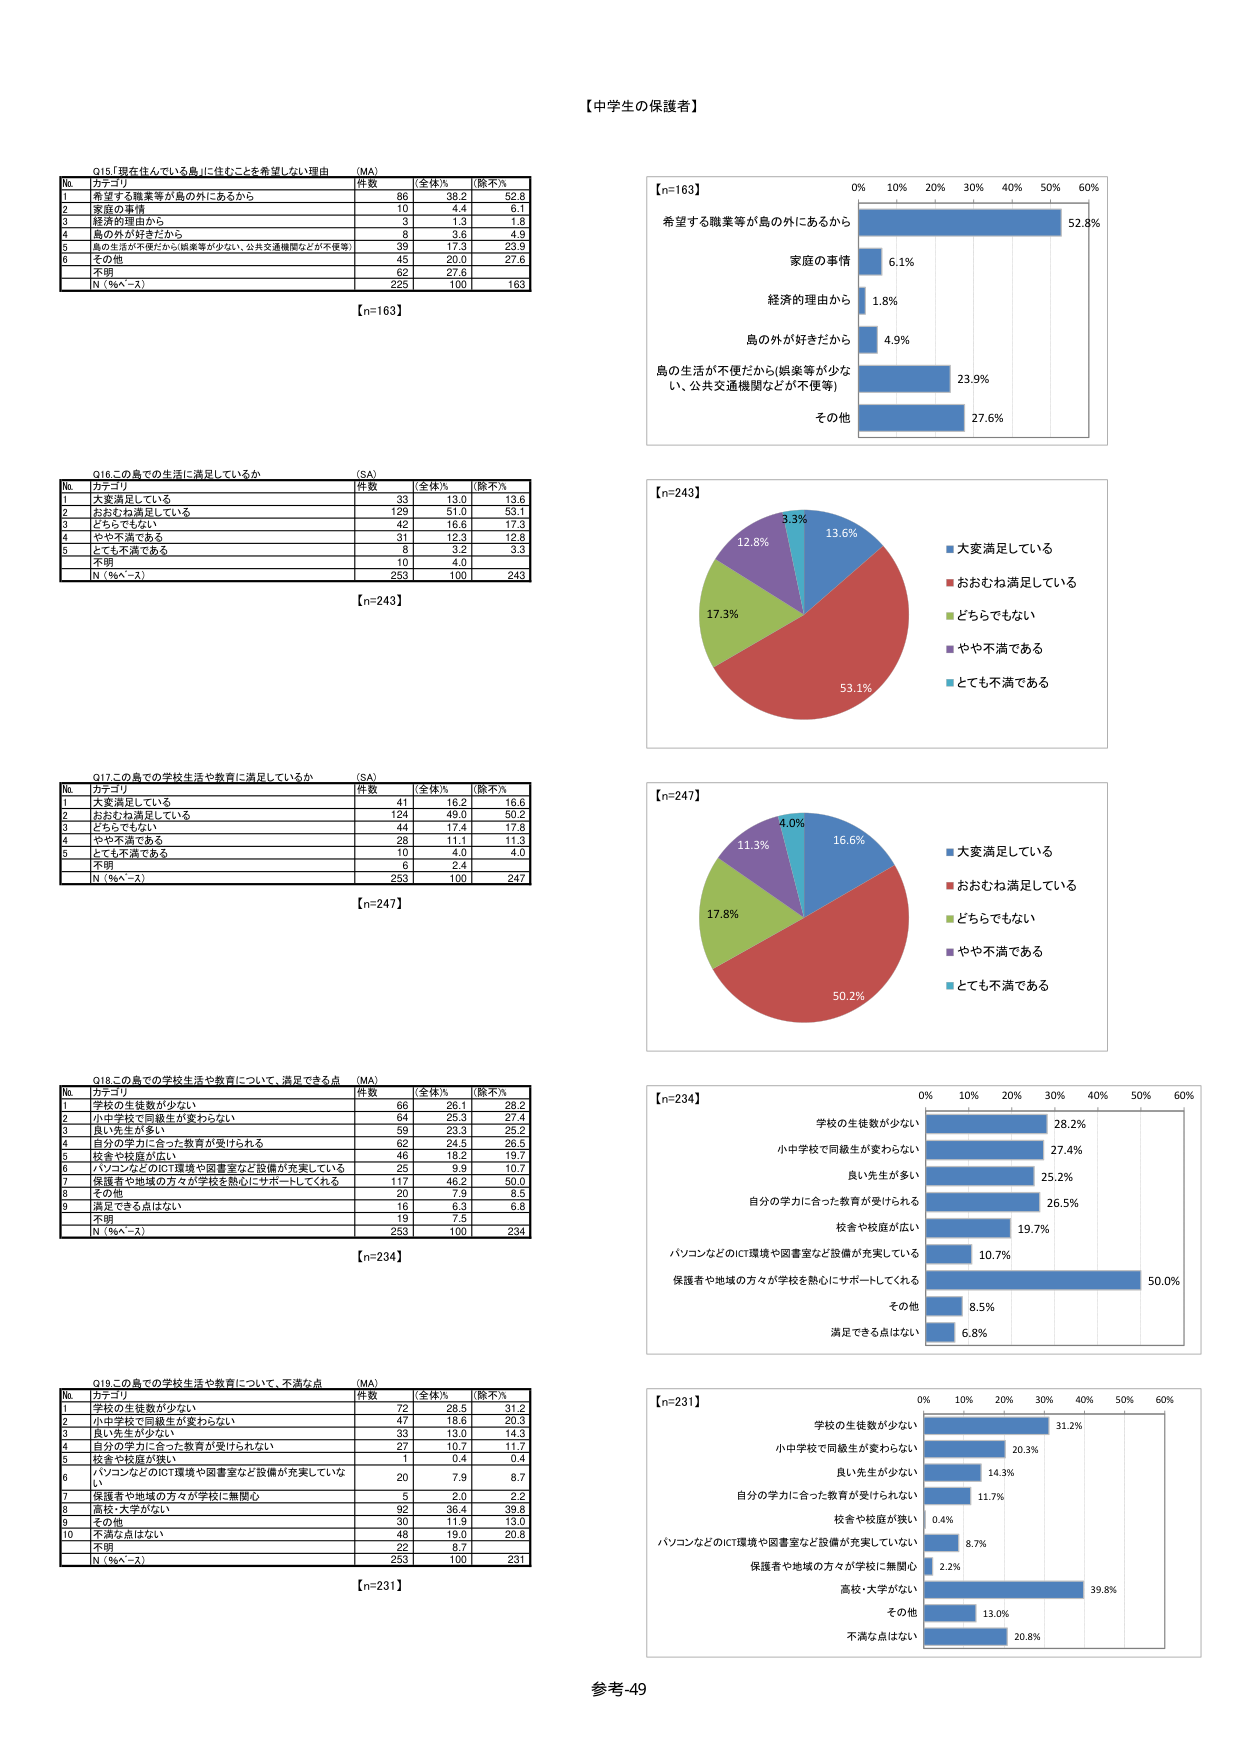
【中学生の保護者】

Q15「現在住んでいる島」に住むことを希望しない理由　(MA)
No. カテゴリ 件数 全体% （除不%）
1 希望する職業等が島の外にあるから 86 38.2 52.8
2 家族の事情 10 4.4 6.1
3 経済的理由から 3 1.3 1.8
4 島の外が好きだから 8 3.6 4.9
5 島の生活が不便だから(娯楽等が少ない、公共交通機関などが不便等) 39 17.3 23.9
6 その他 45 20.0 27.6
7 不明 62 27.6
N（%ベース） 225 100 163

【n=163】

Q16この島での生活に満足しているか　(SA)
No. カテゴリ 件数 全体% （除不%）
1 大変満足している 33 13.0 13.6
2 おおむね満足している 129 51.0 53.1
3 どちらでもない 42 16.6 17.6
4 やや不満である 31 12.3 12.8
5 とても不満である 8 3.2 3.3
6 不明 10 4.0
N（%ベース） 253 100 243

【n=243】

Q17この島での学校生活や教育に満足しているか　(SA)
No. カテゴリ 件数 全体% （除不%）
1 大変満足している 41 16.2 16.6
2 おおむね満足している 124 49.0 50.2
3 どちらでもない 44 17.4 17.8
4 やや不満である 28 11.1 11.3
5 とても不満である 10 4.0 4.0
6 不明 6 2.4
N（%ベース） 253 100 247

【n=247】

Q18この島での学校生活や教育について、満足できる点　(MA)
No. カテゴリ 件数 全体% （除不%）
1 学校の生徒数が少ない 66 26.1 28.2
2 小中学校で同級生が変わらない 54 23.3 23.4
3 良い先生が多い 59 23.3 25.2
4 自分の学力に合った教育が受けられる 62 24.5 26.5
5 校舎や校庭が広い 46 18.2 19.7
6 パソコンなどのICT環境や図書室など設備が充実している 25 9.9 10.7
7 保護者や地域の方々が学校を熱心にサポートしてくれる 117 46.2 50.0
8 その他 20 7.9 8.5
9 満足できる点はない 16 6.3 6.8
10 不明 19 7.5
N（%ベース） 253 100 234

【n=234】

Q19この島での学校生活や教育について、不満な点　(MA)
No. カテゴリ 件数 全体% （除不%）
1 学校の生徒数が少ない 72 28.5 31.2
2 小中学校で同級生が変わらない 47 18.6 20.3
3 良い先生が少ない 33 13.0 14.3
4 自分の学力に合った教育が受けられない 27 10.7 11.7
5 校舎や校庭が狭い 1 0.4 0.4
6 パソコンなどのICT環境や図書室など設備が充実していない 20 7.9 8.7
7 保護者や地域の方々が学校に無関心 5 2.0 2.2
8 高校・大学がない 92 36.4 39.8
9 その他 30 11.9 13.0
10 不満な点はない 48 19.0 20.8
11 不明 22 8.7
N（%ベース） 253 100 231

【n=231】

【n=163】
希望する職業等が島の外にあるから 52.8%
家庭の事情 6.1%
経済的理由から 1.8%
島の外が好きだから 4.9%
島の生活が不便だから(娯楽等が少ない、公共交通機関などが不便等) 23.9%
その他 27.6%

【n=243】
大変満足している 13.6%
おおむね満足している 53.1%
どちらでもない 17.3%
やや不満である 12.8%
とても不満である 3.3%

【n=247】
大変満足している 16.6%
おおむね満足している 50.2%
どちらでもない 17.8%
やや不満である 11.3%
とても不満である 4.0%

【n=234】
学校の生徒数が少ない 28.2%
小中学校で同級生が変わらない 27.4%
良い先生が多い 25.2%
自分の学力に合った教育が受けられる 26.5%
校舎や校庭が広い 19.7%
パソコンなどのICT環境や図書室など設備が充実している 10.7%
保護者や地域の方々が学校を熱心にサポートしてくれる 50.0%
その他 8.5%
満足できる点はない 6.8%

【n=231】
学校の生徒数が少ない 31.2%
小中学校で同級生が変わらない 20.3%
良い先生が少ない 14.3%
自分の学力に合った教育が受けられない 11.7%
校舎や校庭が狭い 0.4%
パソコンなどのICT環境や図書室など設備が充実していない 8.7%
保護者や地域の方々が学校に無関心 2.2%
高校・大学がない 39.8%
その他 13.0%
不満な点はない 20.8%

参考-49